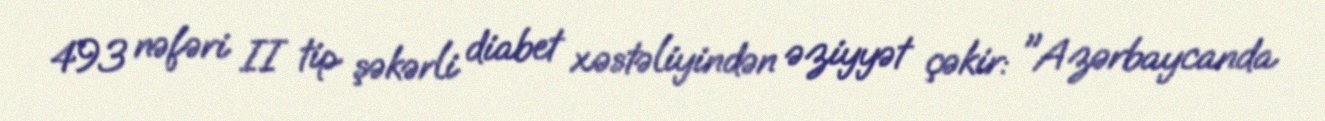
493 nəfəri II tip şəkərli diabet xəstəliyindən əziyyət çəkir: "Azərbaycanda